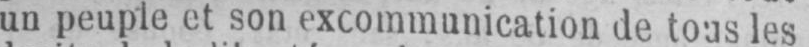
un peuple et son excommunication de tous les